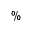
\%